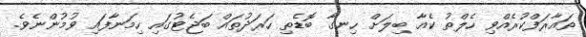
ތައާރަފްކުރެއްވި ހެލްތު ކެއާ ބިލަށް ހިނގާ ބޮޑެތި ހަރަދުތައް ބަޖެޓުގައި ހިމަނާފައި ވުމުންނެވެ.